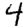
Digit: 4